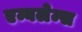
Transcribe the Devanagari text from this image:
एम्बलेम्स